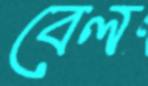
বেল